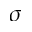
\sigma